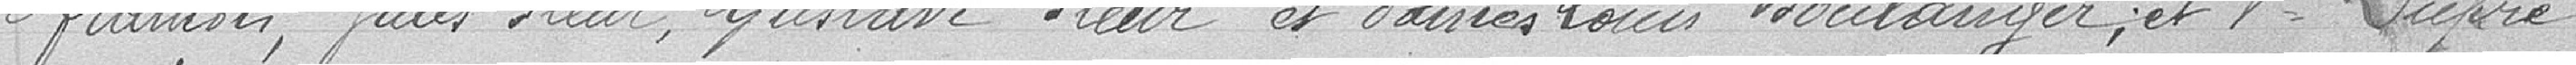
François, Jules FLEUR, Gaston FLEUR et TARRES Louis BOULANGER et Veuve DUPRE